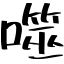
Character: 噬